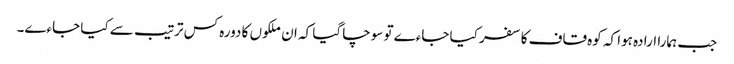
جب ہمارا ارادہ ہوا کہ کوہ قاف کا سفر کیا جاءے تو سوچا گیا کہ ان ملکوں کا دورہ کس ترتیب سے کیا جاءے۔